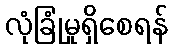
လုံခြုံမှုရှိစေရန်